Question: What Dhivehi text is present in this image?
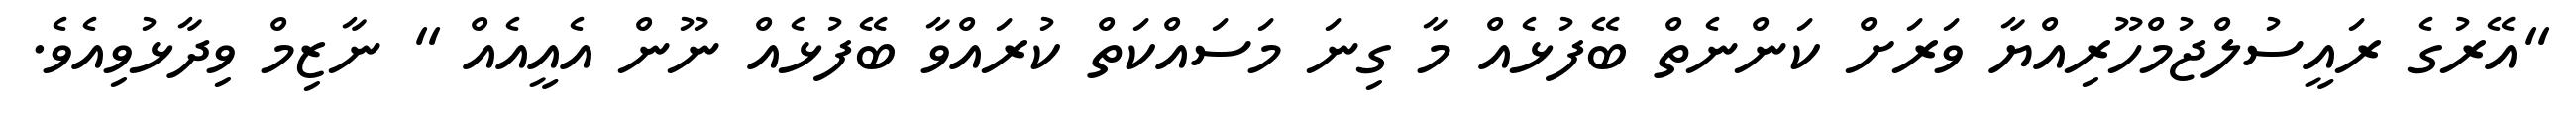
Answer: "އޭރުގެ ރައީސުލްޖުމްހޫރިއްޔާ ވަރަށް ކަންނެތް ބޭފުޅެއް މާ ގިނަ މަސައްކަތް ކުރައްވާ ބޭފުޅެއް ނޫން އެއީއެއް " ނާޒިމް ވިދާޅުވިއެވެ.